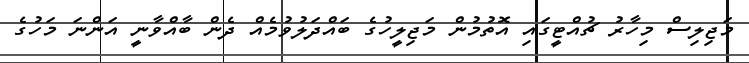
މަޖިލިސް މިހާރު ޗުއްޓީގައި އޮތުމުން މަޖިލީހުގެ ބައްދަލުވުމެއް ދެން ބާއްވާނީ އަންނަ މަހުގެ